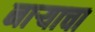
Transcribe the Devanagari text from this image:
नाऱ्याचा